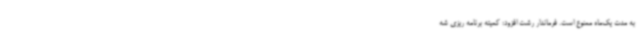
به مدت یک‌ماه ممنوع است. فرماندار رشت افزود: کمیته برنامه ریزی شه